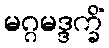
မဂ္ဂမဒ္ဒက္ခိံ